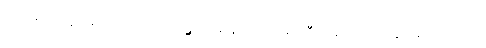
ပေါင်းစည်းသွားမည် ခမ်ဘေးက လျှို့ဝှက်ဆန်းကြယ်မှုများ ဦးအောင်မင်းတို့နှင့် ဖျက်မရသည့်